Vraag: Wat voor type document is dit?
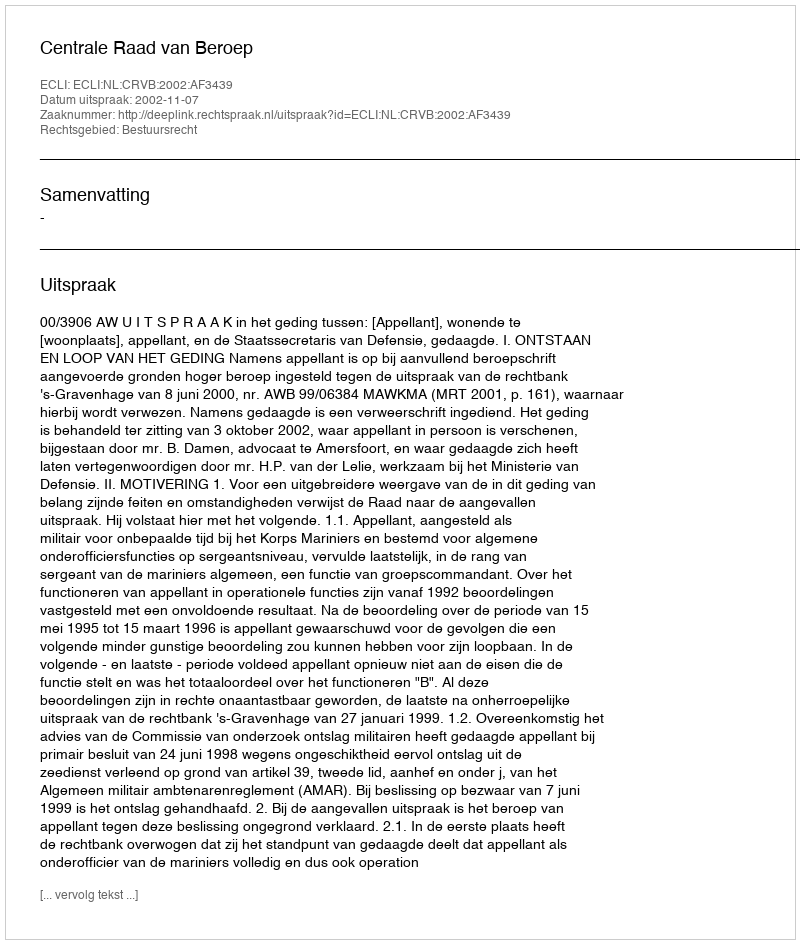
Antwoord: Uitspraak